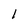
Character: 1